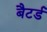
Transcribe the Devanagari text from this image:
बैटर्ड